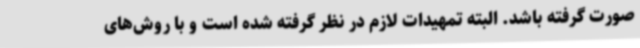
صورت گرفته باشد. البته تمهیدات لازم در نظر گرفته شده است و با روش‌های